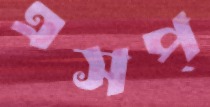
এসপ্